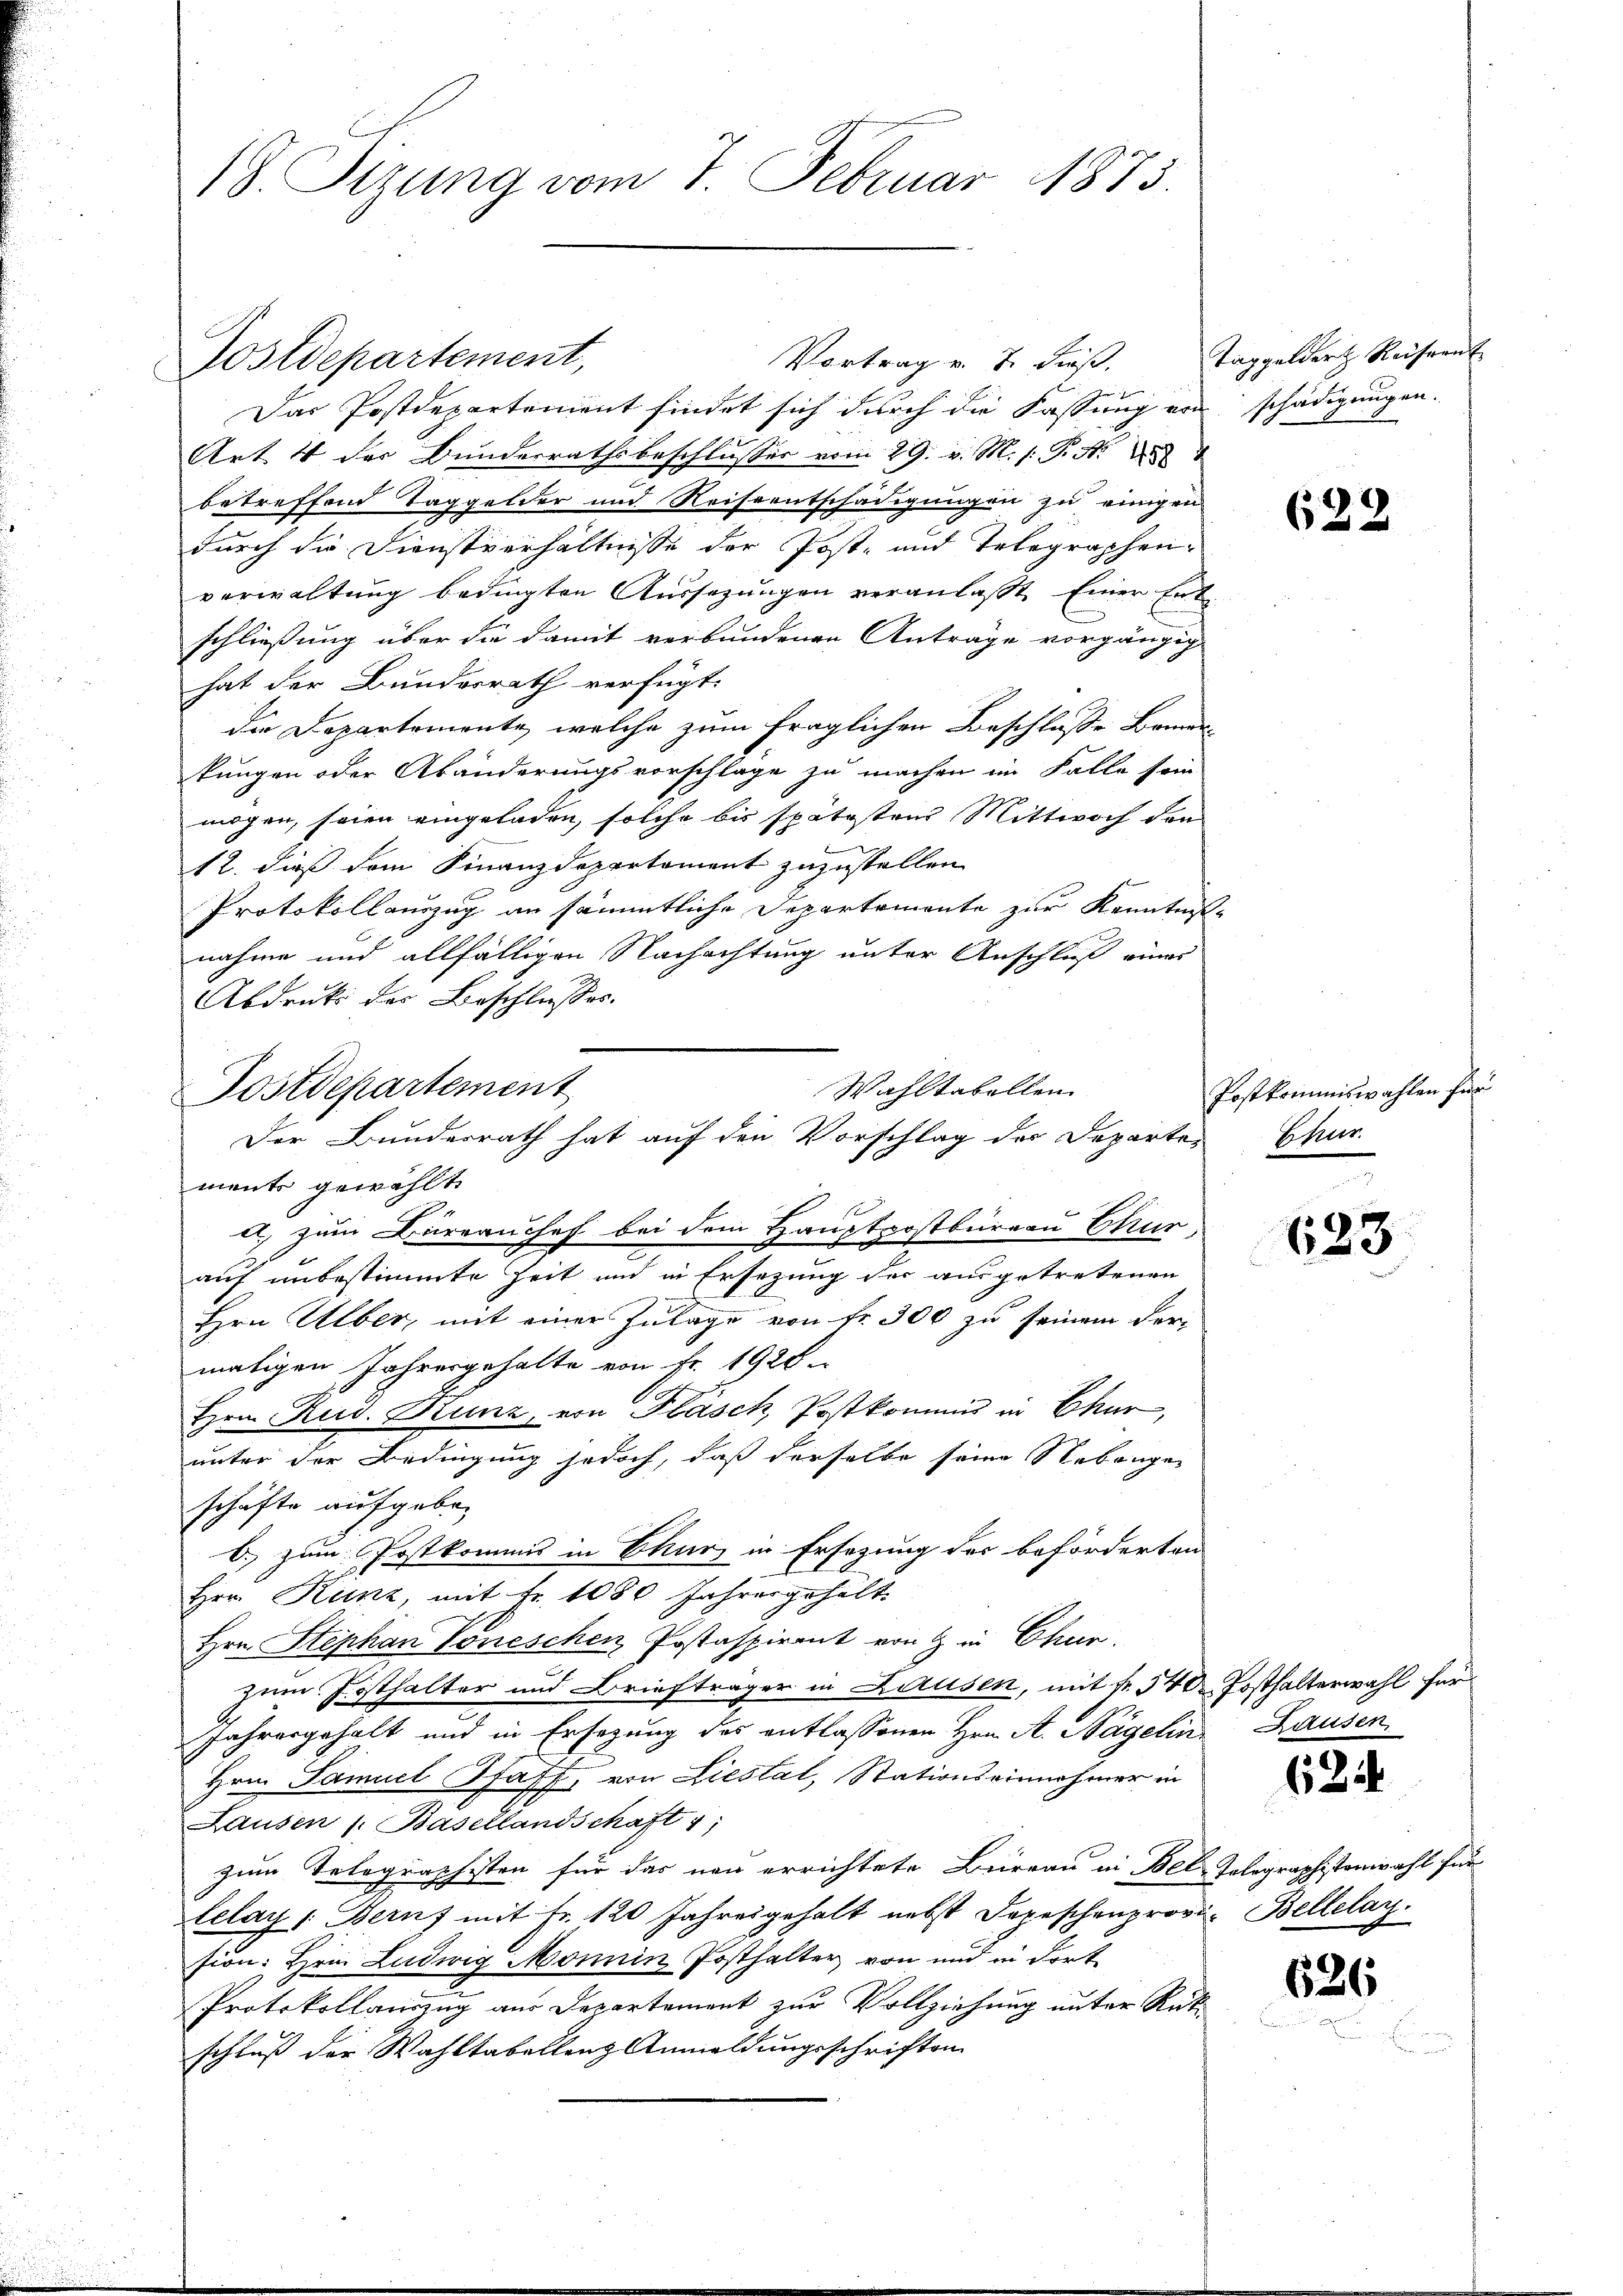
18. Sizung vom 7. Februar 1873.

Vortrag v. 7. dieß,
Das Postdepartement findet sich durch die Fassung von schädigungen.

Art 4 der Bunderrathsbeschlusser vom 29. v. M. h. T. N. 28
betreffend Taggelder und Reiseentschädigungen zu einigen
durch die Dienstverhältnisse der Post- und Telegraphenverwaltung bedingten Aussezungen veranlaßt. Einer Ent-
schließung über die damit verbundenen Antrage vorgängig
hat der Bundesrath verfügt:
die Departemente, welche zum fraglichen Beschlusse Bemerkungen oder Abänderungsvorschläge zu machen im Falle sein
mögen, seien eingeladen, solche bis spätesten Mittwoch den
d
12. dieß dem Finanzdepartement zuzustellen.
Protokollauszug an sämmtliche Departemente zur Kenntniß
nahme und allfälligen Nachachtung unter Anschluß eines
Abdruk der Beschliesses.
Wahltabellen
ments gewählt
d.) zum Bürrauchef bei dem Hauptpostbüreau Chur
auf unbestimmte Zeit und in Ersezung der ausgetretenen
Hrn. Ueber, mit einer Zulage von fr. 300 zu seinem der-
maligen Jahresgehalte von Fr. 1926.
Hrn. Rud. Kunz, von Fläsch, Postkommis in Chur,
unter der Bedingung jedoch, daß derselbe seine Nebengeschäfte aufgeben
b. zum Postkommis in Chur in Ersezung des beförderten
Hrn. Kunz, mit Fr. 1080 Jahresgehält.
Hrn. Stephan Voneschen Postaspirant von & in Chur.
zum Frosthalter und Briefträger in Lausen, mit fr. 540 Posthalterwahl für
Jahresgehalt und in Ersezung des entlassenen Hrn. A. Nägelin, Hausen,
Hrn. Samuel Staff, von Liestal, Stationseinnehmer in
Lausen (Basellandschaft 1
zum Telegraphisten für das neu errichtete Büreau in Bel-Telegraphistenwahl für
lelay : Bern mit Fr. 120 Jahresgehalt nebst Depeschenprovi-Bellelay.
sion: Hrn. Ludwig Monnin Posthalter von und in dort
Protokollauszug aus Departement zur Vollziehung unter Rückschluß der Wahltabellenz Anmeldungsschriften

Postdepartement,

Postdepartement
Der Bunderrath hat auf den Vorschlag der Departes Chur-

Taggeldert Reisernt

622

Postkommiswahlen für

623

634

626